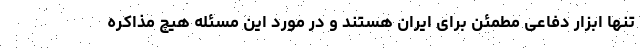
تنها ابزار دفاعی مطمئن برای ایران هستند و در مورد این مسئله هیچ مذاکره